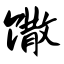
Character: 馓